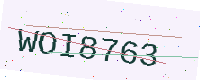
Text: WOI8763